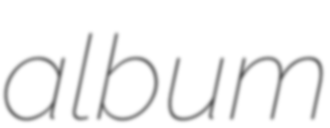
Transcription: album